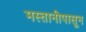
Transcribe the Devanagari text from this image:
मस्तानीपासून